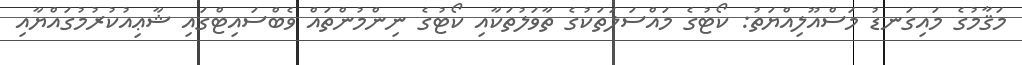
މަޤާމުގެ މައިގަނޑު މަސްއޫލިއްޔަތު: ކޯޓުގެ މައްސަލަތަކުގެ ތާވަލުތަކާއި ކޯޓުގެ ނިންމުންތައް ވެބްސައިޓްގައި ޝާޢިއުކުރުމުގައްޔާއި